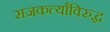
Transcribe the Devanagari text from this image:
राजकर्त्यांविरुद्ध